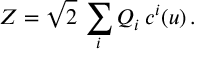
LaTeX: { \cal Z } = \sqrt { 2 } \, \sum _ { i } Q _ { i } \, c ^ { i } ( u ) \, .